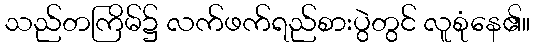
သည်တကြိမ်၌ လက်ဖက်ရည်စားပွဲတွင် လူစုံနေ၏။